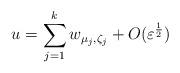
LaTeX: \begin{align*}u = \sum_{j=1}^k w_{\mu_j,\zeta_j} + O(\varepsilon^{\frac{1}{2}})\end{align*}